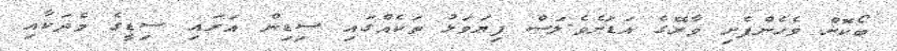
ބޯކޮށް ވެހެންފެށި ވާރޭގެ އަޑަށެވެ.ލަސް ފިޔަވަޅު ތަކެއްގައި ސިޑިން އަރައި ސިޑީގެ މެދަކާއި